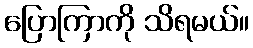
ပြောကြာကို သိရမယ်။